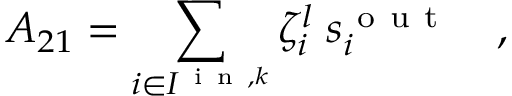
A _ { 2 1 } = \sum _ { i \in I ^ { \mathrm { ~ i ~ n ~ } , k } } \zeta _ { i } ^ { l } \; s _ { i } ^ { \mathrm { ~ o ~ u ~ t ~ } } \quad ,